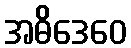
အဓိဒေဝေ